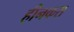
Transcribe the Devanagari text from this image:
हीनकस